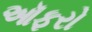
ઑફરો